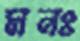
মনঃ